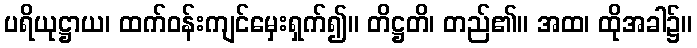
ပရိယုဋ္ဌာယ၊ ထက်ဝန်းကျင်မှေးရှက်၍။ တိဋ္ဌတိ၊ တည်၏။ အထ၊ ထိုအခါ၌။